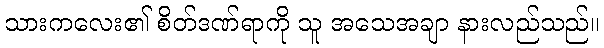
သားကလေး၏ စိတ်ဒဏ်ရာကို သူ အသေအချာ နားလည်သည်။